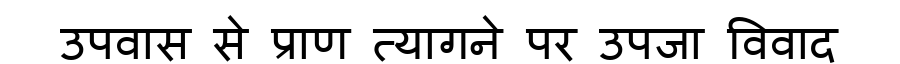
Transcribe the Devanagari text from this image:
उपवास से प्राण त्यागने पर उपजा विवाद